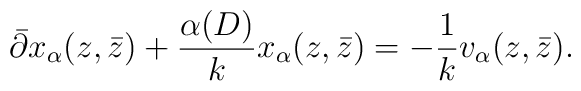
\bar{\partial}x_{\alpha}(z,\bar{z})+\frac{\alpha(D)}{k}x_{\alpha}(z,\bar{z})=-\frac{1}{k}v_{\alpha}(z,\bar{z}).